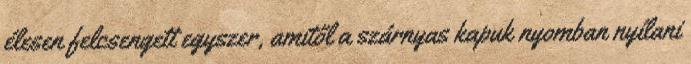
élesen felcsengett egyszer, amitől a szárnyas kapuk nyomban nyílani